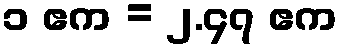
၁ ဧက = ၂.၄၇ ဧက